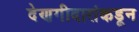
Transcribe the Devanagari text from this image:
देणगीदारांकडून